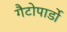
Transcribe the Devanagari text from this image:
गैटोपार्डो